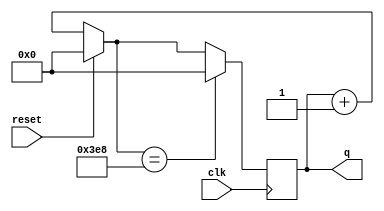
module top_module (
    input clk,
    input reset,
    output [9:0] q);
    
    always @ (posedge clk) begin
        if (reset)
    		q = 0;
    	else
            q = q + 1;
        
        if (q == 1000)
            q = 0;
    end
    
endmodule